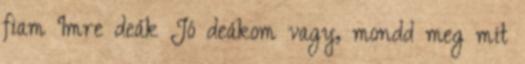
fiam Imre deák Jó deákom vagy, mondd meg mit